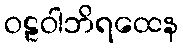
ဝဠဝါဘိရထေန